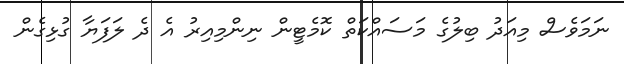
ނަމަވެސް މިއަދު ބިލުގެ މަސައްކަތް ކޮމެޓީން ނިންމިއިރު އެ ދެ ލަފަޔާ ގުޅިގެން